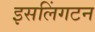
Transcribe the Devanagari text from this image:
इसलिंगटन